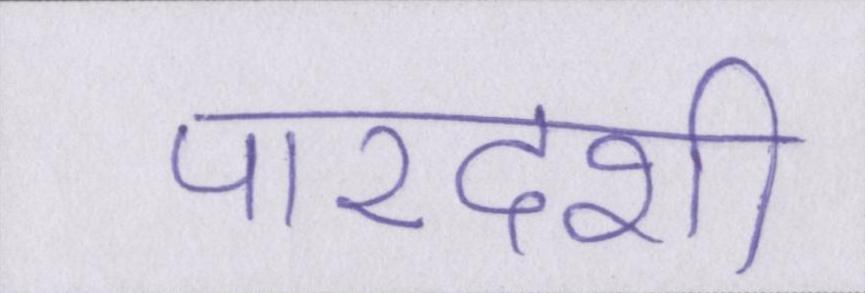
पारदर्शी